画像に写った文字を読んでください
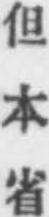
「但本省」と書いてあります